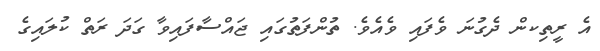
އެ ރީތިކން ދެގުނަ ވެފައި ވެއެވެ. ތުންފަތުގައި ޖައްސާފައިވާ ގަދަ ރަތް ކުލައިގެ